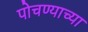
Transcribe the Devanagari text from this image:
पोचण्याच्या